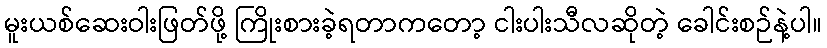
မူးယစ်ဆေးဝါးဖြတ်ဖို့ ကြိုးစားခဲ့ရတာကတော့ ငါးပါးသီလဆိုတဲ့ ခေါင်းစဉ်နဲ့ပါ။